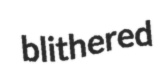
blithered